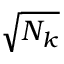
\sqrt { N _ { k } }